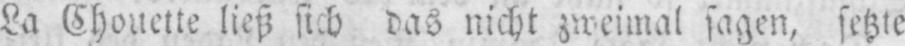
La Chouette ließ sich das nicht zweimal sagen, setzte